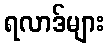
ရလာဒ်များ